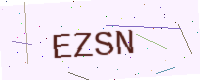
Text: EZSN